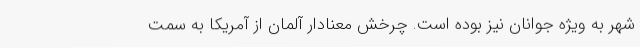
شهر به ویژه جوانان نیز بوده است. چرخش معنادار آلمان از آمریکا به سمت